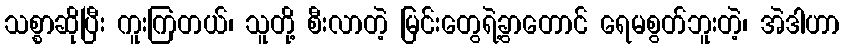
သစ္စာဆိုပြီး ကူးကြတယ်၊ သူတို့ စီးလာတဲ့ မြင်းတွေရဲ့ခွာတောင် ရေမစွတ်ဘူးတဲ့၊ အဲဒါဟာ